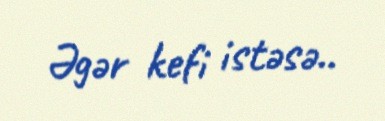
Əgər kefi istəsə..